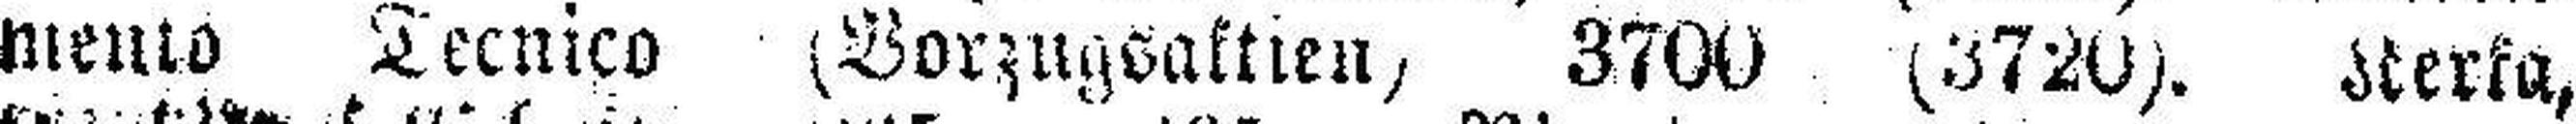
mento Tecnico (Borzugsaktien, 3700 (3720). Kerka,